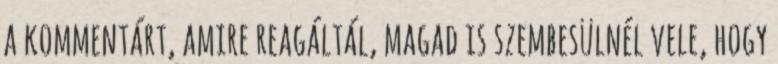
a kommentárt, amire reagáltál, magad is szembesülnél vele, hogy